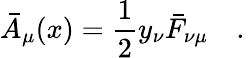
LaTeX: \bar{A}_{\mu}(x)={\frac{1}{2}}y_{\nu}\bar{F}_{\nu\mu}\quad.\,